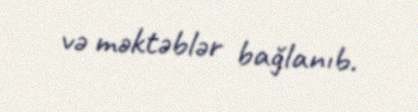
və məktəblər bağlanıb.